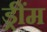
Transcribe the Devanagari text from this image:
ड्रींम